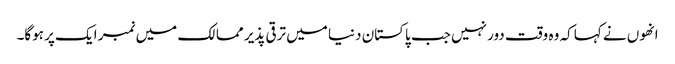
انھوں نے کہا کہ وہ وقت دور نہیں جب پاکستان دنیا میں ترقی پذیر ممالک میں نمبر ایک پر ہوگا۔